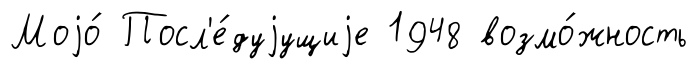
Моjо́ Посл'е́дуjущиjе 1948 возмо́жность